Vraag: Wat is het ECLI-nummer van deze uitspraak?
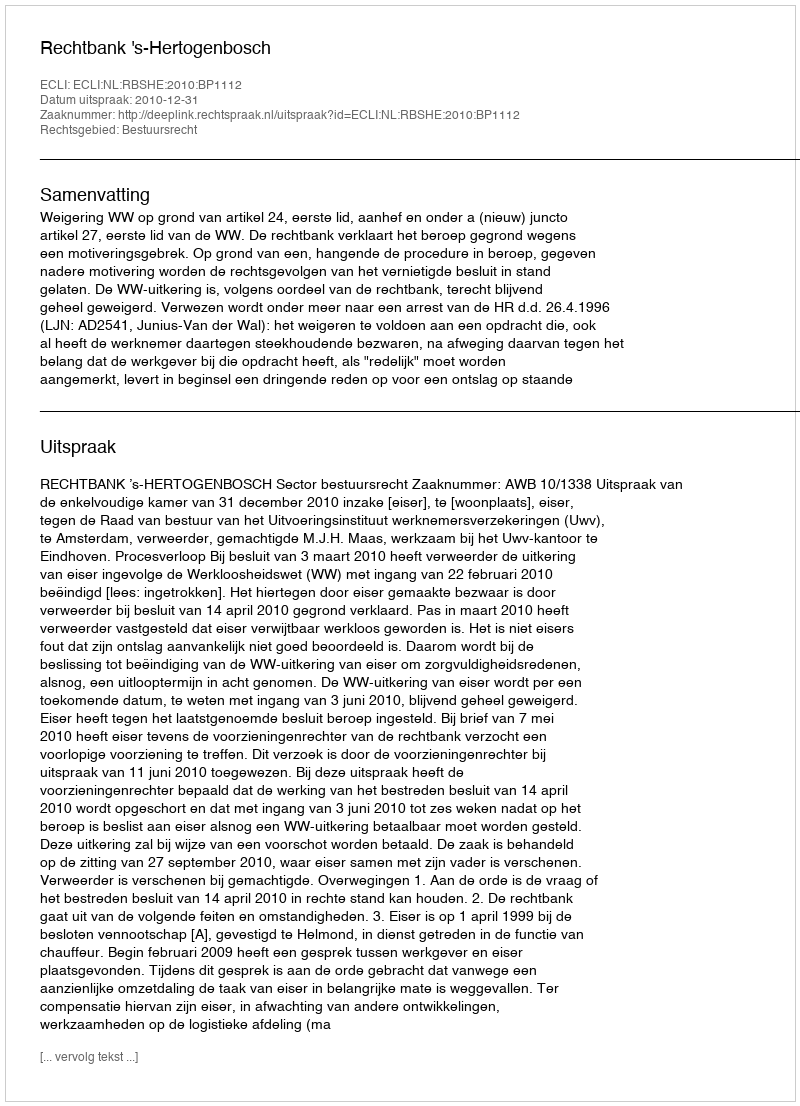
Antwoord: ECLI:NL:RBSHE:2010:BP1112